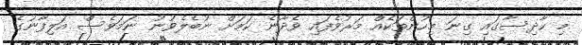
މި ހާދިސާގައި ގިނަ މިހުންތަކެއް މަރުވެފައި ވެދާނެ ކަމަށް ނުބެލެވުނު ނަމަވެސް އަލިފާނުގެ